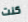
كنت